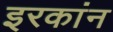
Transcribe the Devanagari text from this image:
इरकांन